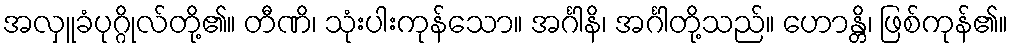
အလှူခံပုဂ္ဂိုလ်တို့၏။ တီဏိ၊ သုံးပါးကုန်သော။ အင်္ဂါနိ၊ အင်္ဂါတို့သည်။ ဟောန္တိ၊ ဖြစ်ကုန်၏။